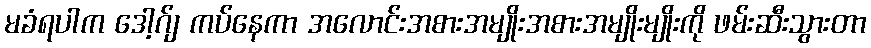
မခံရပါက ဒေါ့ဂ်ျ ကပ်နေကာ အလောင်းအစားအမျိုးအစားအမျိုးမျိုးကို ဖမ်းဆီးသွားတာ